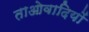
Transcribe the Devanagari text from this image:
ताओवादियों